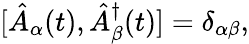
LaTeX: [\hat{A}_{\alpha}(t),\hat{A}_{\beta}^{\dagger}(t)]=\delta_{\alpha\beta},